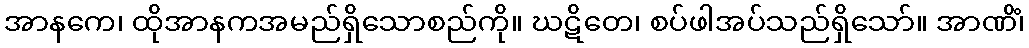
အာနကေ၊ ထိုအာနကအမည်ရှိသောစည်ကို။ ဃဋိတေ၊ စပ်ဖါအပ်သည်ရှိသော်။ အာဏိံ၊